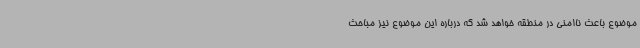
موضوع باعث ناامنی در منطقه خواهد شد که درباره این موضوع نیز مباحث